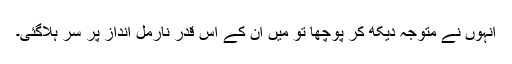
انہوں نے متوجہ دیکھ کر پوچھا تو میں ان کے اس قدر نارمل انداز پر سر ہلاگئی۔